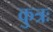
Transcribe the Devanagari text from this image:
कुत्रः